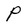
Character: P